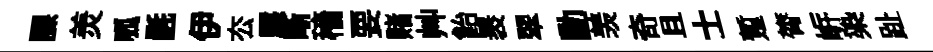
課羙呱氎伊厺駭晰穡要赌艸飴褁翠動羡奇且士蹔膂㟁𣑱趾